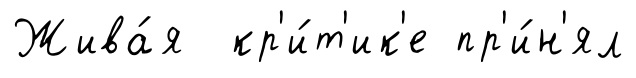
Жива́я кр'и́т'ик'е пр'и́н'ял